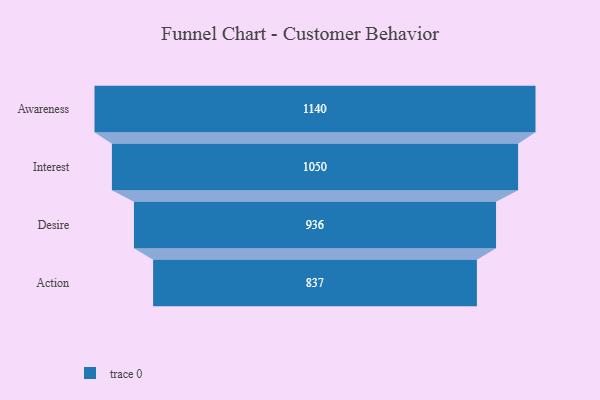
{"axis": {"x": "Stage", "y": "Value"}, "legend": [""], "data": [{"x": "Awareness", "y": 1140.0, "type": ""}, {"x": "Interest", "y": 1050.0, "type": ""}, {"x": "Desire", "y": 936.0, "type": ""}, {"x": "Action", "y": 837.0, "type": ""}]}